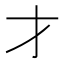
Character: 才